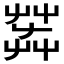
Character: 𦱠